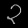
Digit: ၃